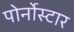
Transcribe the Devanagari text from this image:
पोर्नोस्टार